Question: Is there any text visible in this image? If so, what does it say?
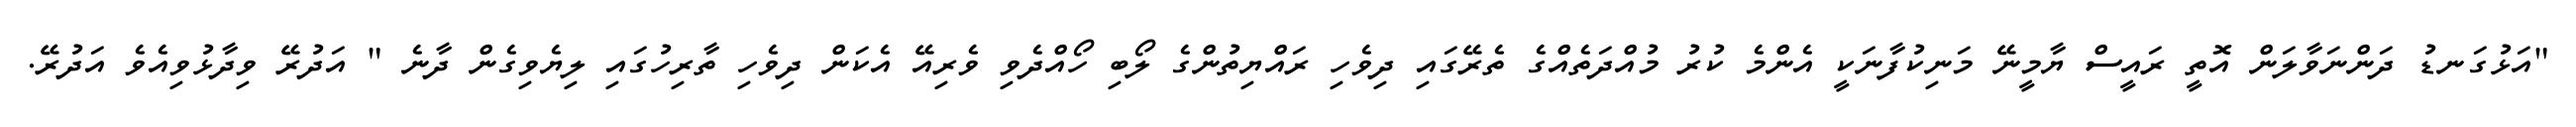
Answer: "އަޅުގަނޑު ދަންނަވާލަން އޮތީ ރައީސް ޔާމީނޭ މަނިކުފާނަކީ އެންމެ ކުރު މުއްދަތެއްގެ ތެރޭގައި ދިވެހި ރައްޔިތުންގެ ލޯބި ހޯއްދެވި ވެރިއޭ އެކަން ދިވެހި ތާރިހުގައި ލިޔެވިގެން ދާނެ " އަދުރޭ ވިދާޅުވިއެވެ އަދުރޭ.